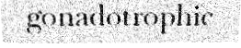
gonadotrophic